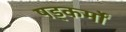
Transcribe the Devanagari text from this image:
षड्कर्मों